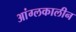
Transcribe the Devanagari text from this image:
आंग्लकालीन